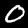
Label: 0